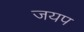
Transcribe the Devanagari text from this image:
जयप